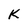
Character: K